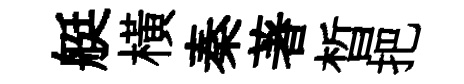
艇橫秦著晳把